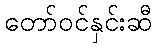
တော်ဝင်နှင်းဆီ